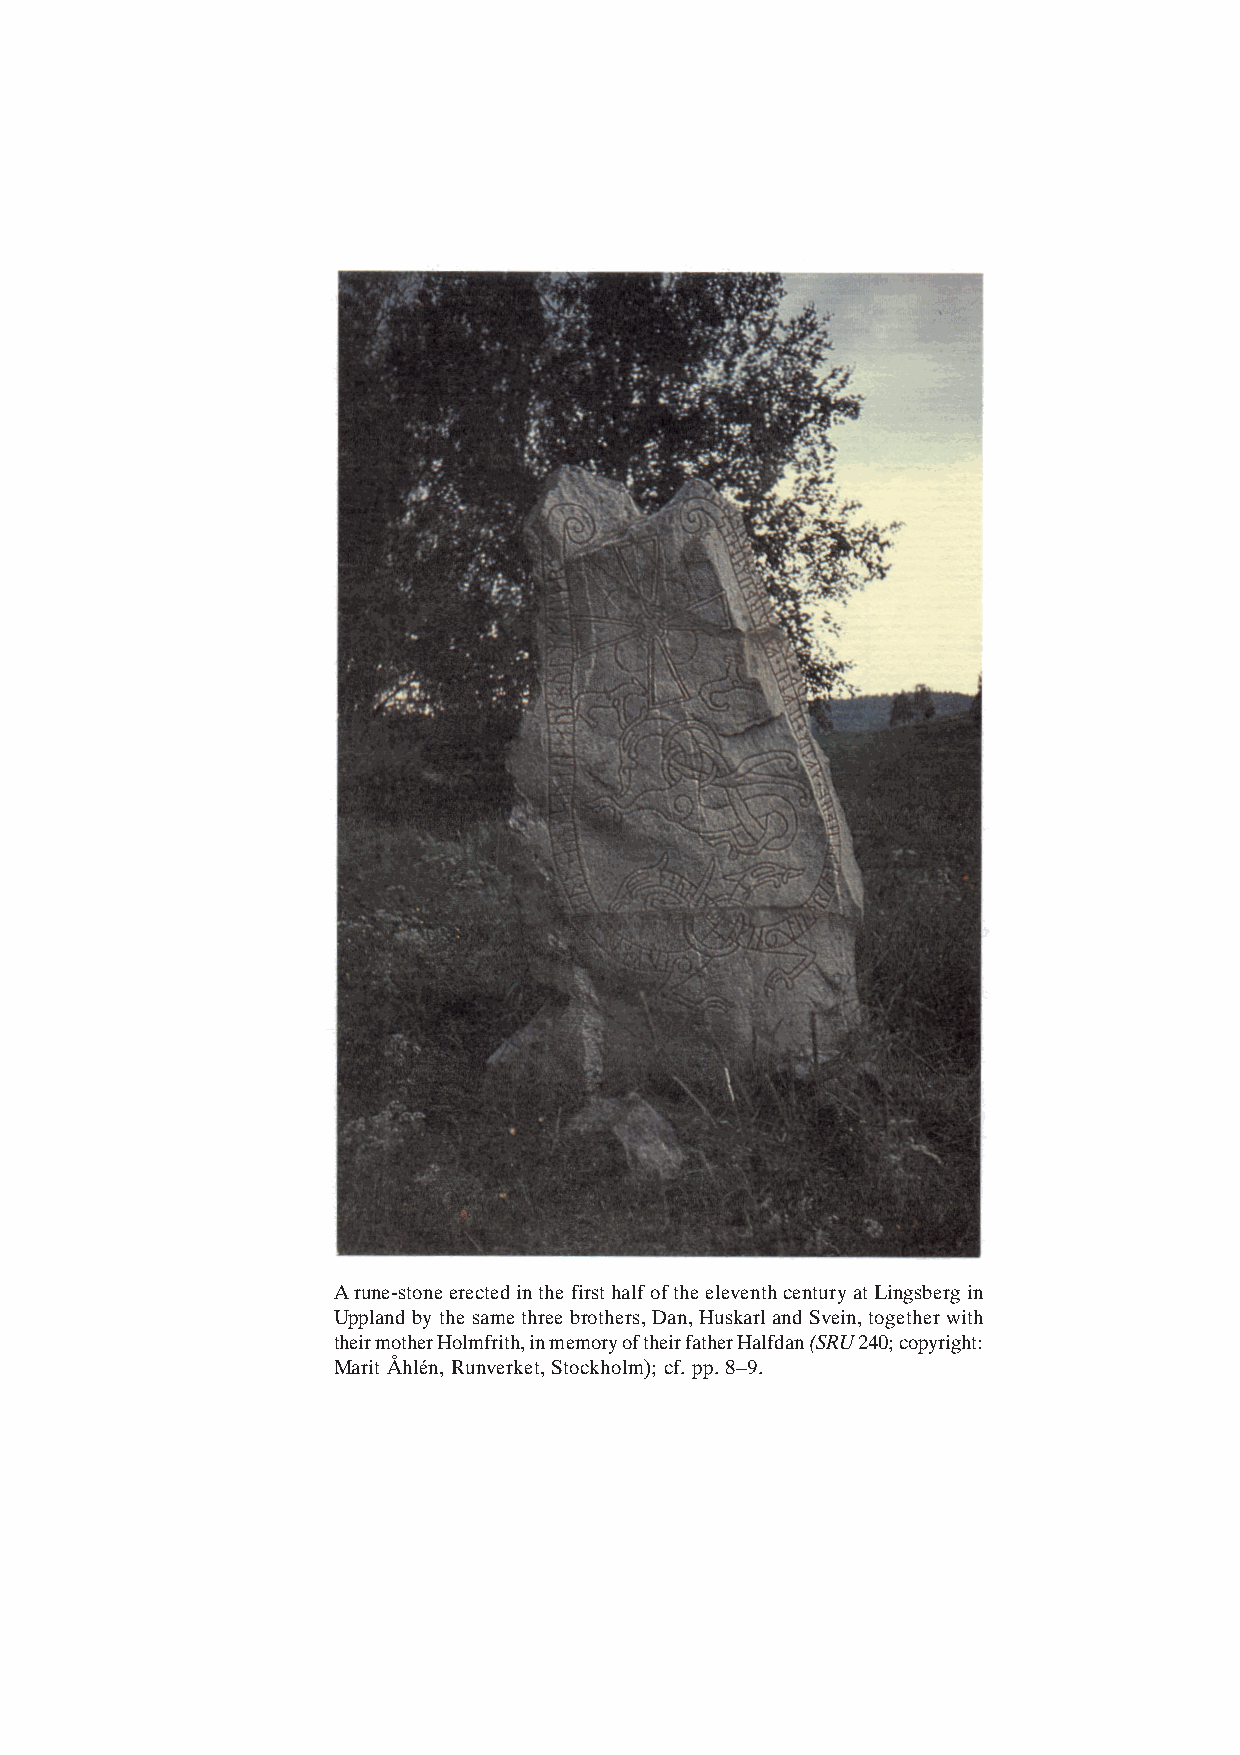
A rune-stone erected in the first half of the eleventh century at Lingsberg in
 Uppland by the same three brothers, Dan, Huskarl and Svein, together with
 their mother Holmfrith, in memory of their father Halfdan (SRU 240; copyright:
 Marit Åhlén, Runverket, Stockholm); cf. pp. 8–9.